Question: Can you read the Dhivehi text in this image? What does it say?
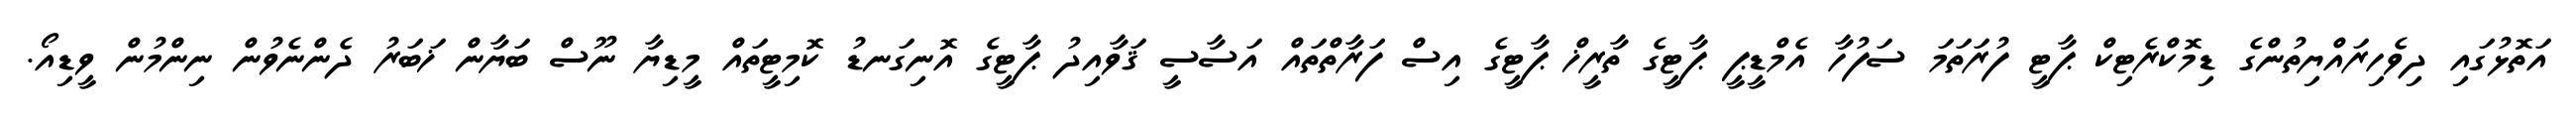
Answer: އަތޮޅުގައި ދިވެހިރައްޔިތުންގެ ޑިމޮކްރެޓިކް ޕާޓީ ފުރަތަމަ ސަފުހާ އެމްޑީޕީ ޕާޓީގެ ތާރީޚް ޕާޓީގެ އިސް ފަރާތްތައް އަސާސީ ޤަވާއިދު ޕާޓީގެ އޮނިގަނޑު ކޮމިޓީތައް މީޑިޔާ ނޫސް ބަޔާން ޚަބަރު ދެންނެވުން ނިންމުން ވީޑިއޯ.